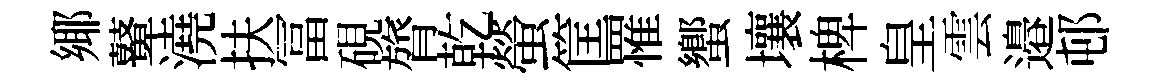
鄊鼙澆扶冨硯膂乾螢筐罹蠁壤椑皇雲邉邨